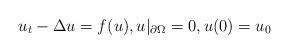
LaTeX: \begin{align*}u_t-\Delta u=f(u),u|_{\partial\Omega}=0,u(0)=u_0\end{align*}